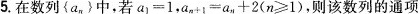
5.在数列{a_{n}}中，若$$a 1 = 1$$，$$a _ { n + 1 } = a _ { n } + 2$$($$n ≥ 1$$ )，则该数列的通项